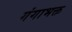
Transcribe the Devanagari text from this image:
गंगाभक्त